Leaving Certificate Examination, 1902
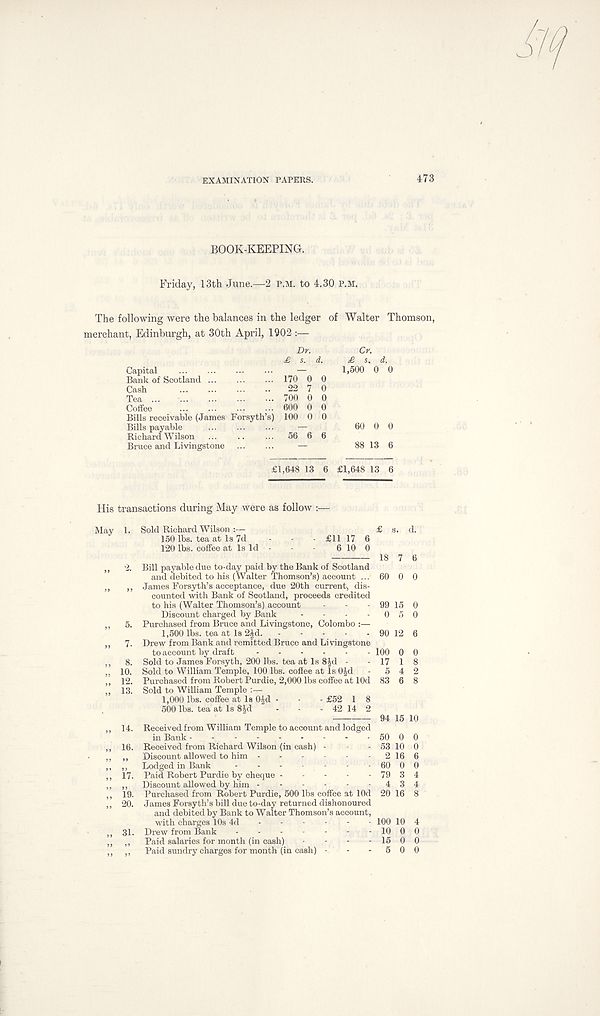
EXAMINATION PAPERS.
473
BOOK-KEEPING.
Friday, 13th June.—2 P.M. to 4.30 p.m.
The following were the balances in the ledger of Walter Thomson,
merchant, Edinburgh, at 30th April, 1902 :—
Capital
Bank of Scotland
Cash Tea ...
Coffee Bills receivable (James Forsyth’s)
Bills payable ...
Richard Wilson
Bruce and Livingstone
Dr.
£ s. A.
170 0 0
22 7 0
700 0 0
600 0 0
100 0 0
56 6 6
Cr.
£ s. A.
1,500 0 0
60 0 0
88 13 6
£1,648 13 6 £1,648 13 6
His transactions during May were as follow :—
May 1.
„ 5.
„ 7.
„ 8.
„ 10.
,, 12.
„ 13.
„ 14.
„ 16.
17.
” 19.
„ 20.
„ 31.
Sold Richard Wilson :—
£ s. d.
150 lbs. tea at Is 7d - - - £11 17 6
120 lbs. coffee at Is Id - -
6 10 0 18 7 6
Bill payable due to-day paid by the Bank of Scotland
and debited to his (Walter Thomson’s) account ... 60 0 0
James Forsyth’s acceptance, due 20th current, dis-
counted with Bank of Scotland, proceeds credited
to his (Walter Thomson’s) account - - - 99 15 0
Discount charged by Bank - - - - 0 5 0
Purchased from Bruce and Livingstone, Colombo :—
1,500 lbs. tea at Is 2fd.
90 12 6
Drew from Bank and remitted Bruce and Livingstone
to account by draft
100 0 0
Sold to James Forsyth, 200 lbs. tea at Is 8Jd - - 17 1 8
Sold to William Temple, 100 lbs. coffee at Is OJd - 5 4 2
Purchased from Robert Purdie, 2,000 lbs coffee at lOd 83 6 8
Sold to William Temple :—
1,000 lbs. coffee at Is 0|d - - - £52 1 8
500 lbs. tea at Is 8Jd - - - 42 14 2 94 15 10
Received from William Temple to account and lodged
in Bank
50 0 0
Received from Richard Wilson (in cash) -
Discount allowed to him - - - -
Lodged in Bank
Paid Robert Purdie by cheque -
- - - 79 3 4
Discount allowed by him - - - - - - 4 3 4
Purchased from Robert Purdie, 500 lbs coffee at lOd 20 16 8
James Forsyth’s bill due to-day returned dishonoured
and debited by Bank to Walter Thomson’s account,
with charges 10s 4d
100 10 4
Drew from Bank
10 0 0
Paid salaries for month (in cash) - - - - 15 0 0
Paid sundry charges for month (in cash) - - - 5 0 0